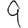
Digit: 9